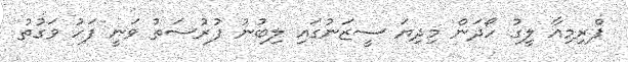
ޕްރިމިއާ ލީގު ހޯދަން މިދިޔަ ސީޒަނުގައި ލިބުނު ފުރުސަތު ވަނީ ފަހު ވަގުތު